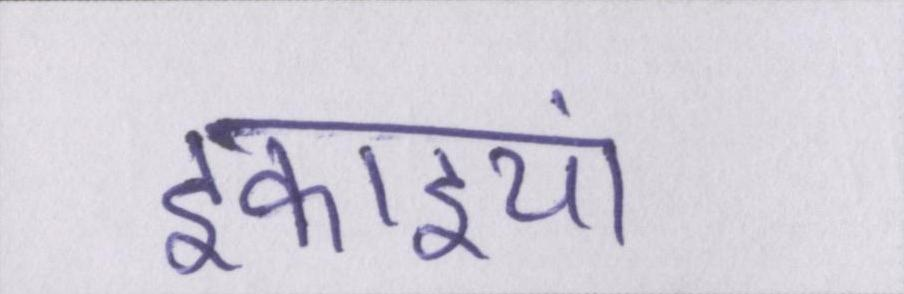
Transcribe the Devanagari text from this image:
इकाइयां